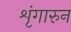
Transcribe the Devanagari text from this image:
शृंगारुन